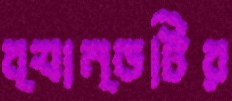
ব্যান্ডটির